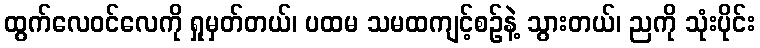
ထွက်လေဝင်လေကို ရှုမှတ်တယ်၊ ပထမ သမထကျင့်စဉ်နဲ့ သွားတယ်၊ ညကို သုံးပိုင်း